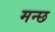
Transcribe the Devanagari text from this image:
मन्छ